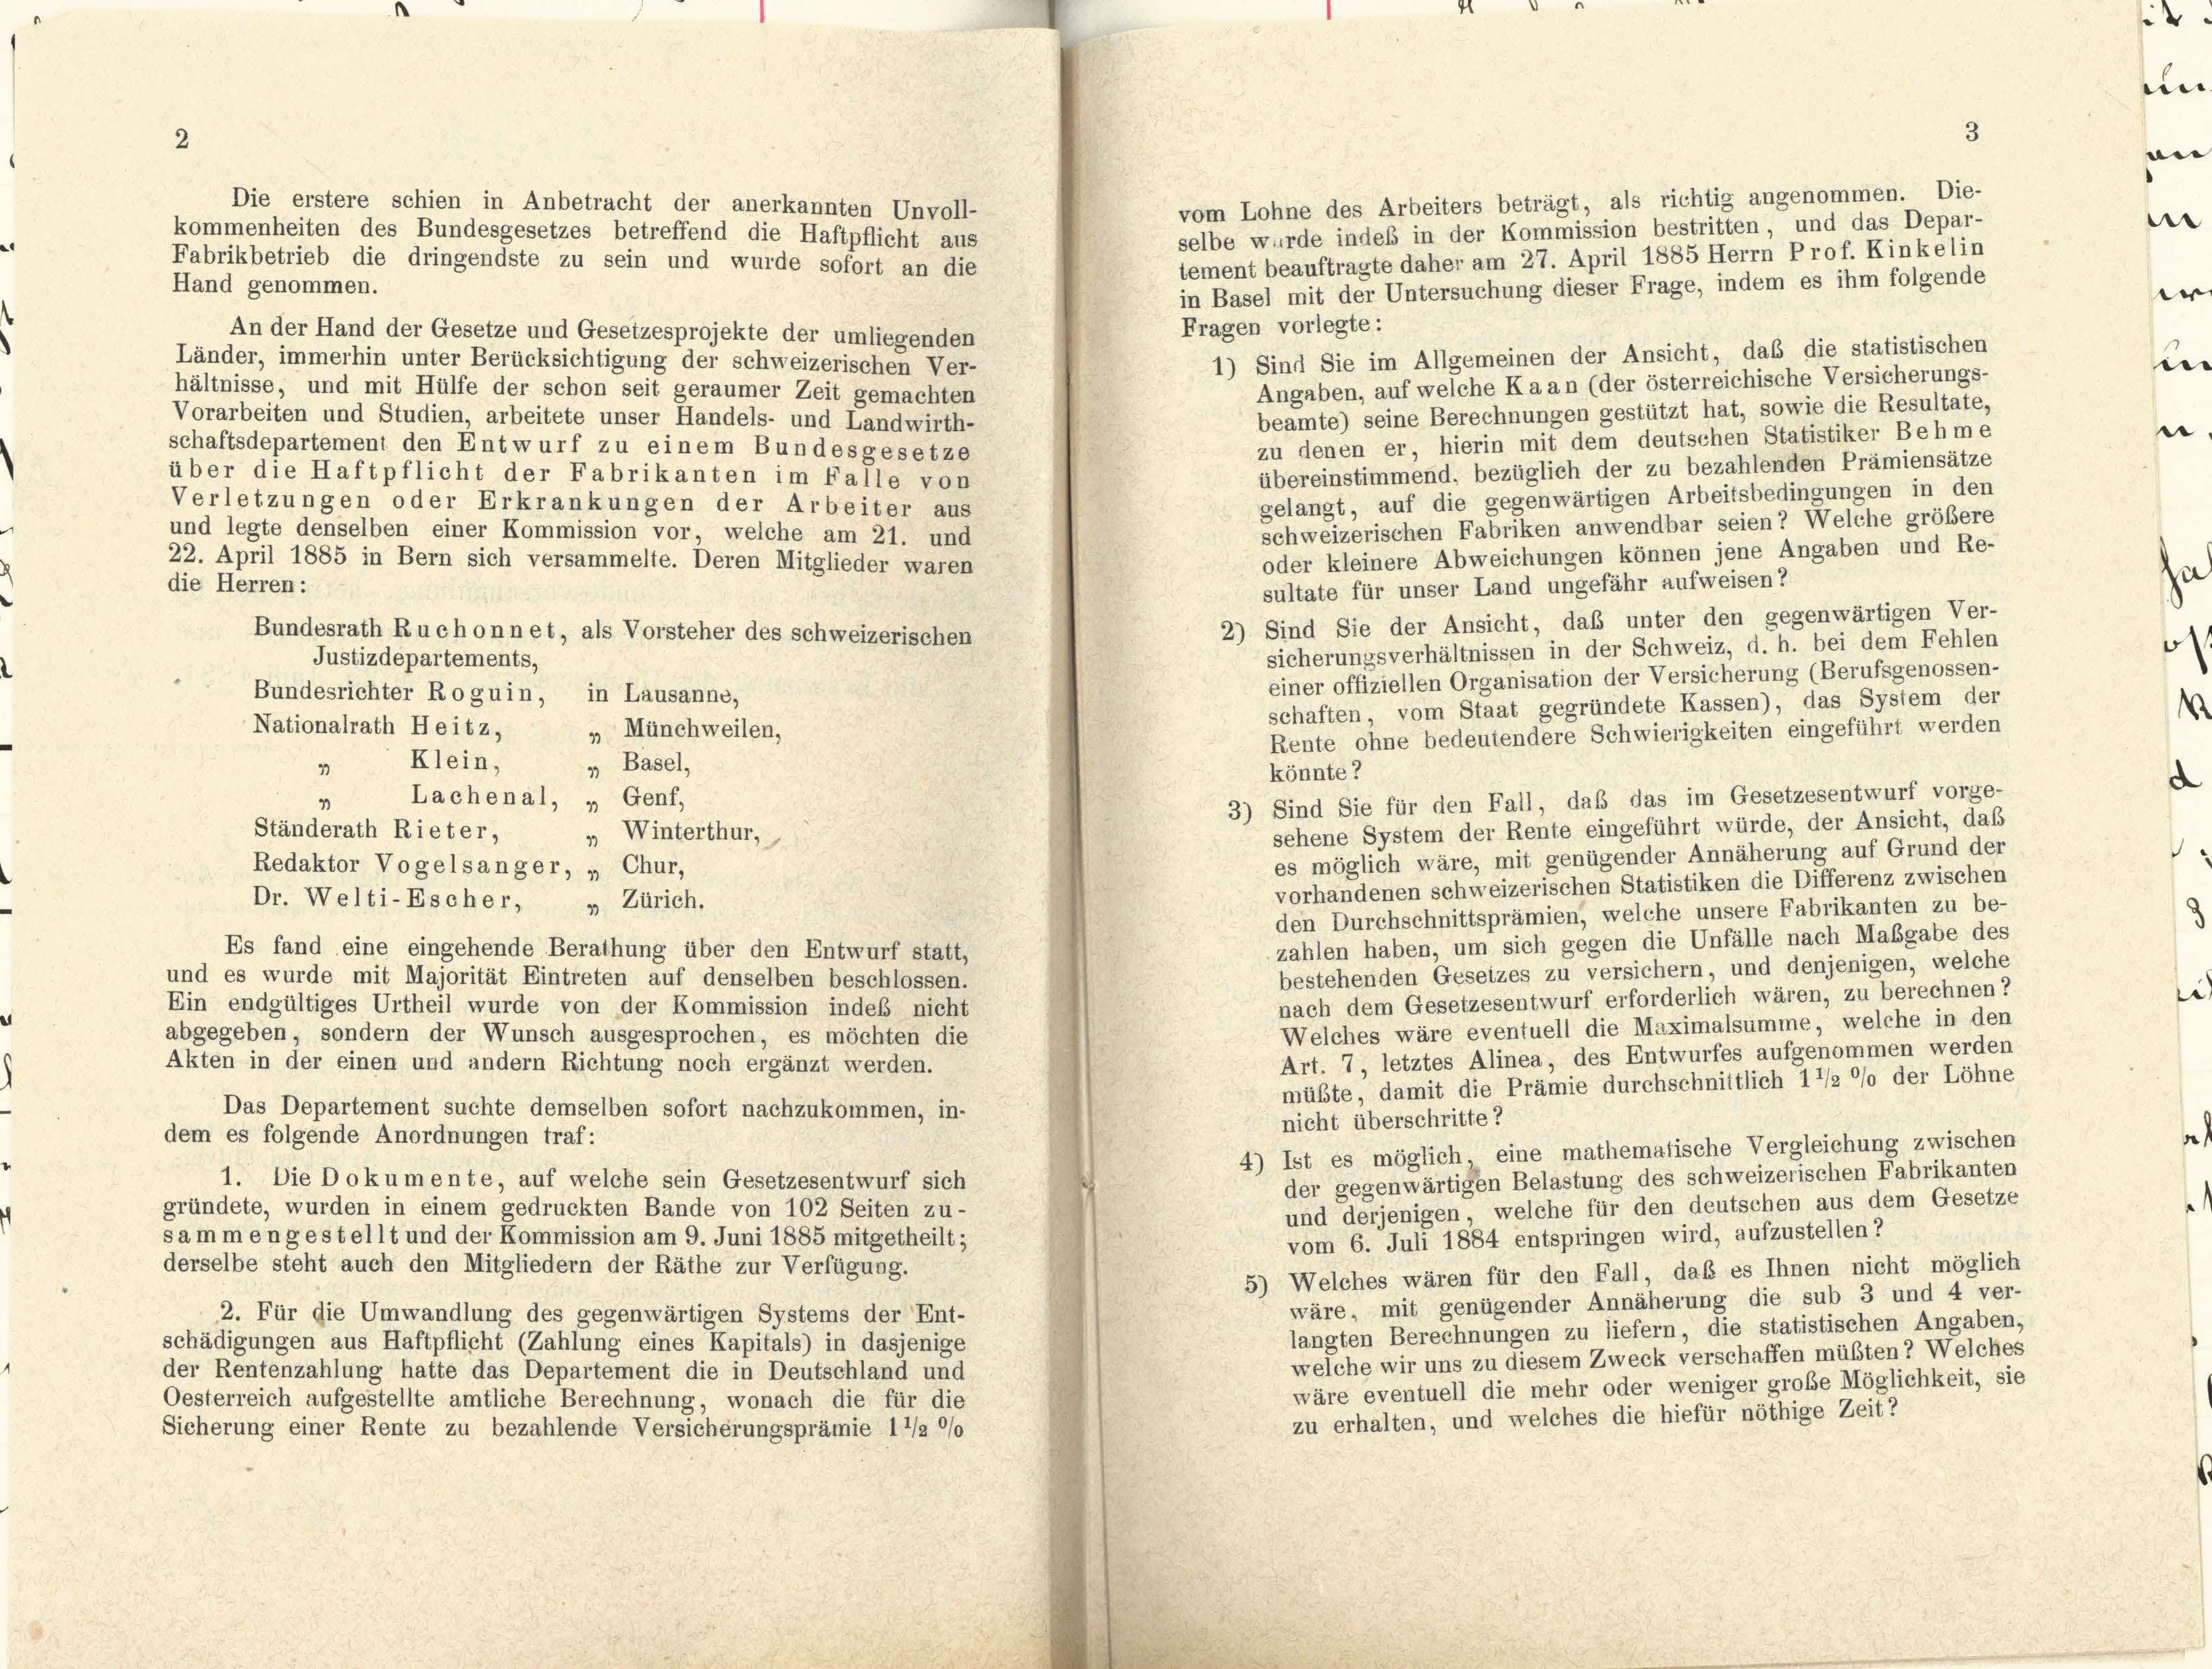
vom Lohne des Arbeiters beträgt, als richtig angenommen. Die-
Die erstere schien in Anbetracht der anerkannten Unvoll-
selbe wurde indeß in der Kommission bestritten, und das Depar-
kommenheiten des Bundesgesetzes betreffend die Haftpflicht aus
tement beauftragte daher am 27. April 1885 Herrn Prof. Kinkelin
Fabrikbetrieb die dringendste zu sein und wurde sofort an die
Hand genommen.
in Basel mit der Untersuchung dieser Frage, indem es ihm folgende
Fragen vorlegte:
An der Hand der Gesetze und Gesetzesprojekte der umliegenden
1) Sind Sie im Allgemeinen der Ansicht, das die statistischen
Länder, immerhin unter Berücksichtigung der schweizerischen Ver-
Angaben, auf welche Ka an (der österreichische Versicherungs-
hältnisse, und mit Hülfe der schon seit geraumer Zeit gemachten
beamte) seine Berechnungen gestützt hat, sowie die Resultate,
Vorarbeiten und Studien, arbeitete unser Handels- und Landwirth-
zu denen er, hierin mit dem deutschen Statistiker Behme
schaftsdepartement den Entwurf zu einem Bundesgesetze
übereinstimmend, bezüglich der zu bezahlenden Prämiensätze
über die Haftpflicht der Fabrikanten im Falle von
gelangt, auf die gegenwärtigen Arbeitsbedingungen in den
Verletzungen oder Erkrankungen der Arbeiter aus
schweizerischen Fabriken anwendbar seien ? Welche größere
und legte denselben einer Kommission vor, welche am 21. und
oder kleinere Abweichungen können jene Angaben und Re-
22. April 1885 in Bern sich versammelte. Deren Mitglieder waren
die Herren:
sultate für unser Land ungefähr aufweisen?
2) Sind Sie der Ansicht, daß unter den gegenwärtigen Ver-
Bundesrath Ruchonnet, als Vorsteher des schweizerischen
sicherungsverhältnissen in der Schweiz, d. h. bei dem Fehlen
Justizdepartements,
einer offiziellen Organisation der Versicherung (Berufsgenossen-
Bundesrichter Roguin, in Lausanne,
schaften, vom Staat gegründete Kassen), das System der
Nationalrath Heitz,
„ Münchweilen,
Rente ohne bedeutendere Schwierigkeiten eingeführt werden
 Klein,
„ Basel,
könnte?
» Lachenal, „ Genf,
3) Sind Sie für den Fall, daß das im Gesetzesentwurf vorge-
sehene System der Rente eingeführt würde, der Ansicht, daß
Ständerath Rieter,
„ Winterthur,
es möglich wäre, mit genügender Annäherung auf Grund der
Redaktor Vogelsanger, „ Chur,
vorhandenen schweizerischen Statistiken die Differenz zwischen
Dr. Welti-Escher, „ Zürich.
den Durchschnittsprämien, welche unsere Fabrikanten zu be-
zahlen haben, um sich gegen die Unfälle nach Maßgabe des
Es fand eine eingehende Berathung über den Entwurf statt,
bestehenden Gesetzes zu versichern, und denjenigen, welche
und es wurde mit Majorität Eintreten auf denselben beschlossen.
nach dem Gesetzesentwurf erforderlich wären, zu berechnen?
Ein endgültiges Urtheil wurde von der Kommission indes nicht
Welches wäre eventuell die Maximalsumme, welche in den
abgegeben, sondern der Wunsch ausgesprochen, es möchten die
Art. 7, letztes Alinea, des Entwurfes aufgenommen werden
Akten in der einen und andern Richtung noch ergänzt werden.
müßte, damit die Prämie durchschnittlich 1 1/2 % der Löhne
Das Departement suchte demselben sofort nachzukommen, in-
nicht überschritte?
dem es folgende Anordnungen traf:
4) Ist es möglich eine mathematische Vergleichung zwischen
der gegenwärtigen Belastung des schweizerischen Fabrikanten
1. Die Dokumente, auf welche sein Gesetzesentwurf sich
und derjenigen, welche für den deutschen aus dem Gesetze
gründete, wurden in einem gedruckten Bande von 102 Seiten zu-
sammen gestellt und der Kommission am 9. Juni 1885 mitgetheilt;
vom 6. Juli 1884 entspringen wird, aufzustellen?
derselbe steht auch den Mitgliedern der Räthe zur Verfügung.
5) Welches wären für den Fall, daß es Ihnen nicht möglich
wäre, mit genügender Annäherung die sub 3 und 4 ver-
2. Für die Umwandlung des gegenwärtigen Systems der Ent-
langten Berechnungen zu liefern, die statistischen Angaben,
schädigungen aus Haftpflicht (Zahlung eines Kapitals) in dasjenige
welche wir uns zu diesem Zweck verschaffen müßten ? Welches
der Rentenzahlung hatte das Departement die in Deutschland und
wäre eventuell die mehr oder weniger große Möglichkeit, sie
Oesterreich aufgestellte amtliche Berechnung, wonach die für die
zu erhalten, und welches die hiefür nöthige Zeit?
Sicherung einer Rente zu bezahlende Versicherungsprämie 1 1/2 0/0